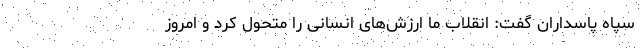
سپاه پاسداران گفت: انقلاب ما ارزش‌های انسانی را متحول کرد و امروز